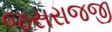
જસરાજજી